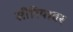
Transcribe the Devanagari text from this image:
सीरियावर